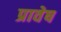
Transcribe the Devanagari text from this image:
प्रावेष